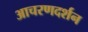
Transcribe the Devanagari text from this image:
आचरणदर्शन